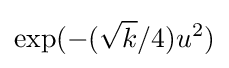
\exp(-({\sqrt {k}}/4)u^{2})